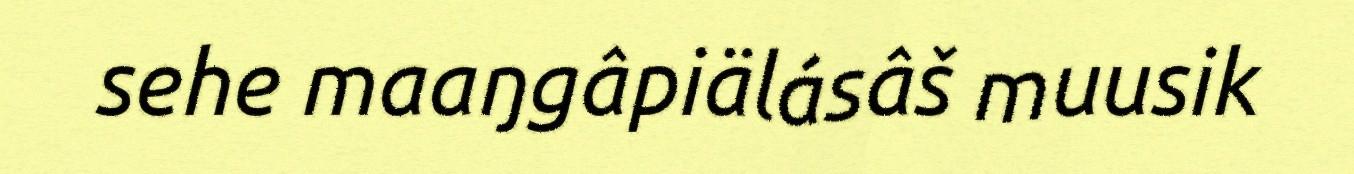
sehe maaŋgâpiälásâš muusik